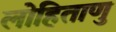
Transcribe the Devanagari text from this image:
लोहिताणु